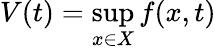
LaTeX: V(t)=\operatorname*{sup}_{x\in X}f(x,t)